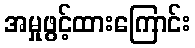
အမှုဖွင့်ထားကြောင်း